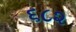
૬૮૨